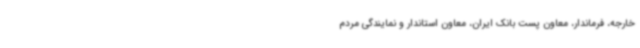
خارجه، فرماندار، معاون پست بانک ایران، معاون استاندار و نمایندگی مردم